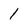
Character: 1